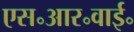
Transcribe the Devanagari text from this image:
एस॰आर॰वाई॰